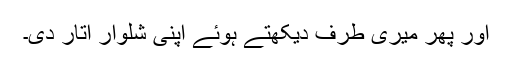
اور پھر میری طرف دیکھتے ہوئے اپنی شلوار اتار دی۔